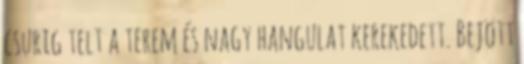
csurig telt a terem és nagy hangulat kerekedett. Bejött